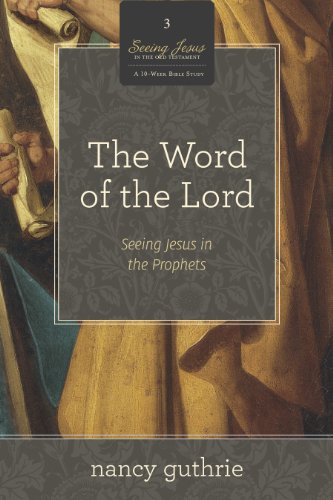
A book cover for The Word of the Lord 10-Pack (A 10-week Bible Study): Seeing Jesus in the Prophets (Seeing Jesus in the Old Testament); Nancy Guthrie; Christian Books & Bibles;